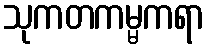
သုကတကမ္မကရာ